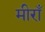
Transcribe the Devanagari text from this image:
मीराँ